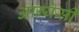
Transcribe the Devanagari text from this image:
आन्येसी